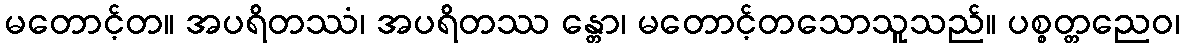
မတောင့်တ။ အပရိတဿံ၊ အပရိတဿ န္တော၊ မတောင့်တသောသူသည်။ ပစ္စတ္တညေဝ၊